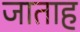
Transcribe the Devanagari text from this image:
जाताह